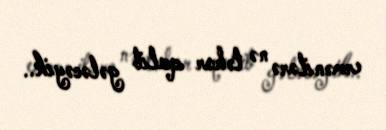
ermənilərə nə təhər qalib gələcəyik..